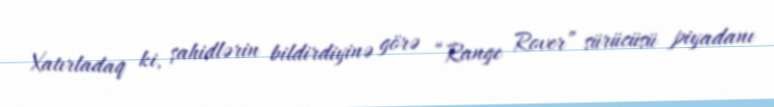
Xatırladaq ki, şahidlərin bildirdiyinə görə “Range Rover” sürücüsü piyadanı